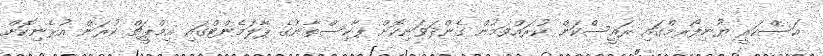
އަސްކަރީ ޔުނިފޯރމްގައި ރައީސްކަން ކުރައްވަމުން ގެންދަވަނިކޮށް ޕާކިސްތާނުގެ ޕާލަމެންޓްގައި އިމްޕީޗް ކުރަން އުޅެނިކޮށް